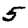
Digit: 5